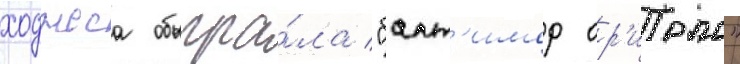
ходжеса обыгра́ла "балт'имор ор'иолс"